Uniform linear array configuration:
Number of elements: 12
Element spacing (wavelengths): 0.5
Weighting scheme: exponential
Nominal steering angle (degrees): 15
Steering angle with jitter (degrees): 13.438
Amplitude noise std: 0.05
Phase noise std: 0.05

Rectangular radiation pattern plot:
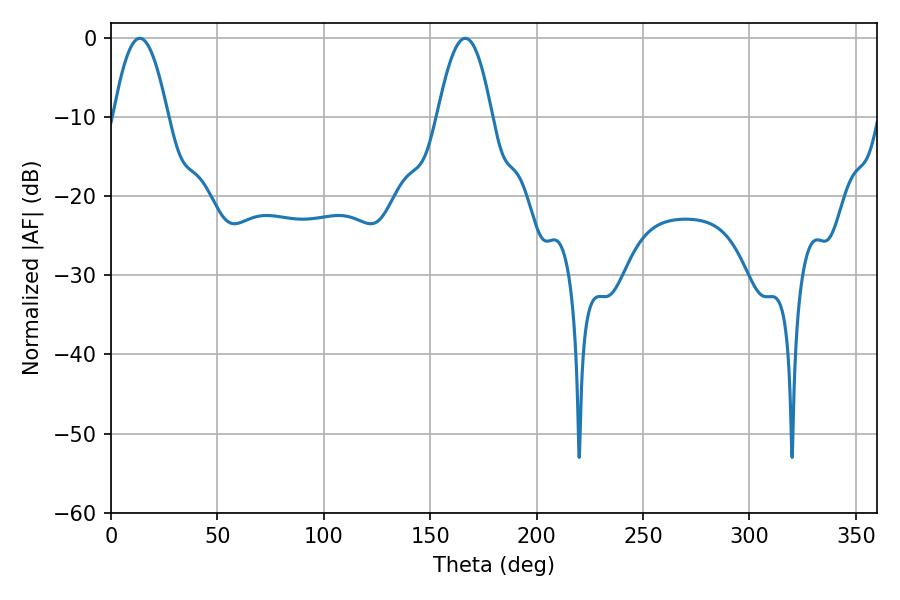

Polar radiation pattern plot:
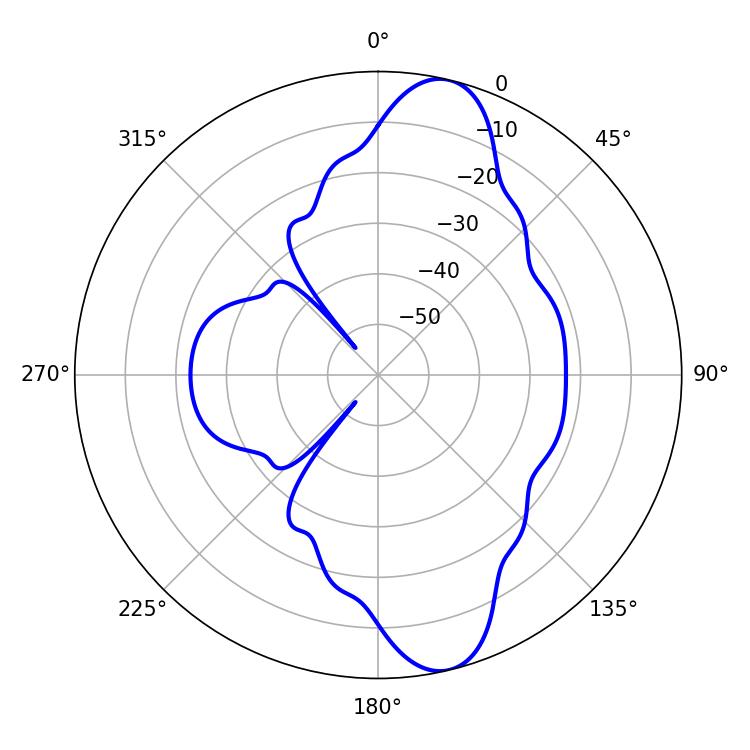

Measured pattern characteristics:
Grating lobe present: FALSE
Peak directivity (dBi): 11.743
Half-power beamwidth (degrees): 13.86
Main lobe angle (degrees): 13.5